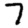
Digit: 7